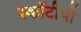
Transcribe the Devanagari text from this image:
स्कॉटीयों